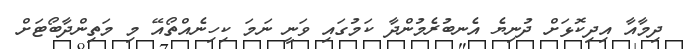
ދިމާއާ އިދިކޮޅަށް ދުނިޔެ އެނބުރެމުންދާ ކަމުގައި ވަނީ ނަމަ ކިހިނެއްތޯއޭ މި މަތިންދާބޯޓަށް